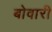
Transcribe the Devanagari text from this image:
बोवारी